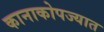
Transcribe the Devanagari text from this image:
कानाकोपज्यात